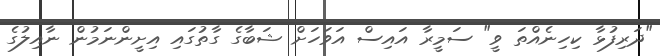
"ދަރިފުޅާ ކިހިނެއްތަ ވީ" ސަމީރާ އައިސް އަވަހަށް ޝަބާގެ ގާތުގައި އިށީންނަމުން ނާއިލުގެ